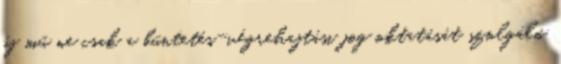
új mű ne csak a büntetés-végrehajtási jog oktatását szolgáló